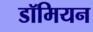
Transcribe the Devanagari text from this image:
डॉमियन